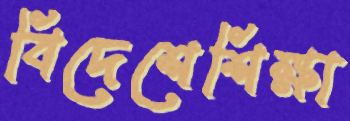
বিদেশেশিক্ষা